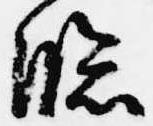
臨